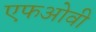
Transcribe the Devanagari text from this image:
एफओवी